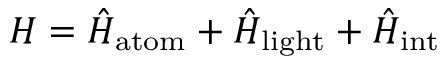
H = \hat { H } _ { { \mathrm { a t o m } } } + \hat { H } _ { { \mathrm { l i g h t } } } + \hat { H } _ { { \mathrm { i n t } } }